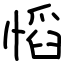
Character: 慆